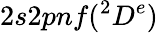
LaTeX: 2s2pnf(^{2}D^{e})